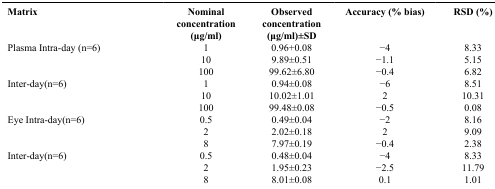
<table><thead><tr><td><b>Matrix</b></td><td><b>Nominal concentration (μg/ml)</b></td><td><b>Observed concentration (μg/ml)±SD</b></td><td><b>Accuracy (% bias)</b></td><td><b>RSD (%)</b></td></tr></thead><tbody><tr><td rowspan="3">Plasma Intra-day (n=6)</td><td>1</td><td>0.96+0.08</td><td>−4</td><td>8.33</td></tr><tr><td>10</td><td>9.89±0.51</td><td>−1.1</td><td>5.15</td></tr><tr><td>100</td><td>99.62±6.80</td><td>−0.4</td><td>6.82</td></tr><tr><td rowspan="3">Inter-day(n=6)</td><td>1</td><td>0.94±0.08</td><td>−6</td><td>8.51</td></tr><tr><td>10</td><td>10.02±1.01</td><td>2</td><td>10.31</td></tr><tr><td>100</td><td>99.48±0.08</td><td>−0.5</td><td>0.08</td></tr><tr><td rowspan="3">Eye Intra-day(n=6)</td><td>0.5</td><td>0.49±0.04</td><td>−2</td><td>8.16</td></tr><tr><td>2</td><td>2.02±0.18</td><td>2</td><td>9.09</td></tr><tr><td>8</td><td>7.97±0.19</td><td>−0.4</td><td>2.38</td></tr><tr><td rowspan="3">Inter-day(n=6)</td><td>0.5</td><td>0.48±0.04</td><td>−4</td><td>8.33</td></tr><tr><td>2</td><td>1.95±0.23</td><td>−2.5</td><td>11.79</td></tr><tr><td>8</td><td>8.01±0.08</td><td>0.1</td><td>1.01</td></tr></tbody></table>